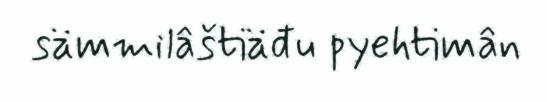
sämmilâštiäđu pyehtimân